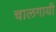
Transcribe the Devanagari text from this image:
चालगायी